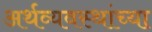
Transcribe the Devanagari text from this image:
अर्थव्यवस्थांच्या